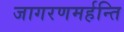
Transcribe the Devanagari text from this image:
जागरणमर्हन्ति